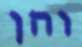
והן